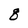
Character: q